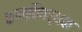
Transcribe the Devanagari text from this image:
कान्तिवर्धक